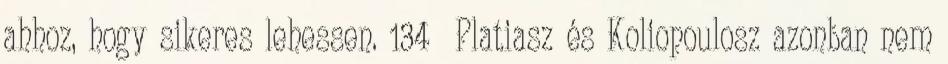
ahhoz, hogy sikeres lehessen. 134 Platiasz és Koliopoulosz azonban nem